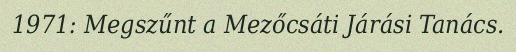
1971: Megszűnt a Mezőcsáti Járási Tanács.